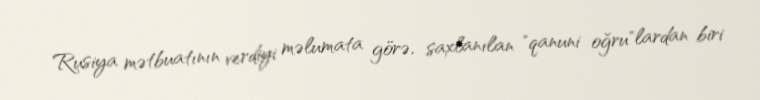
Rusiya mətbuatının verdiyi məlumata görə, saxlanılan "qanuni oğru"lardan biri